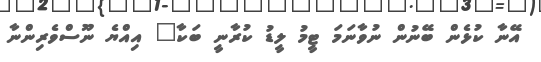
އޭނާ ކުޅެން ބޭނުން ނުވާނަމަ ޓީމު ލީޑު ކުރާނީ ބަކާ" އިއްޔެ ނޫސްވެރިންނާ